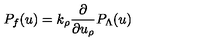
P _ { f } ( u ) = k _ { \rho } { \frac { \partial } { \partial u _ { \rho } } } P _ { \Lambda } ( u )